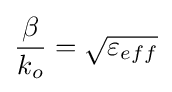
{\frac {\beta }{k_{o}}}={\sqrt {\varepsilon _{eff}}}